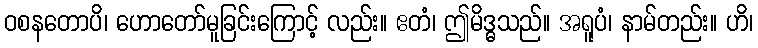
ဝစနတောပိ၊ ဟောတော်မူခြင်းကြောင့် လည်း။ ဧတံ၊ ဤမိဒ္ဓသည်။ အရူပံ၊ နာမ်တည်း။ ဟိ၊